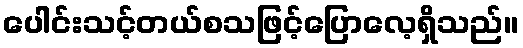
ပေါင်းသင့်တယ်စသဖြင့်ပြောလေ့ရှိသည်။